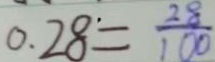
0 . 2 8 = \frac { 2 8 } { 1 0 0 }